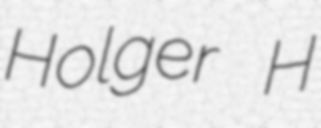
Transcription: Holger H